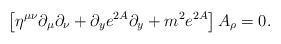
LaTeX: \begin{align*}\left[\eta^{\mu\nu}\partial_{\mu}\partial_{\nu}+\partial_ye^{2A}\partial_y+m^2e^{2A}\right]A_{\rho}=0.\end{align*}